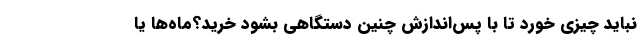
نباید چیزی خورد تا با پس‌اندازش چنین دستگاهی بشود خرید؟ماه‌ها یا